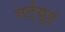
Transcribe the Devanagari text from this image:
गर्ट्‌यूड